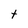
Character: t